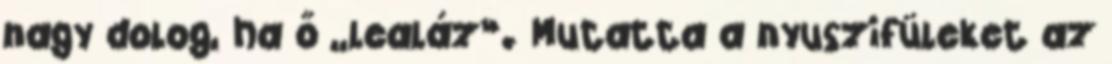
nagy dolog, ha ő „lealáz”. Mutatta a nyuszifüleket az